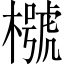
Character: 𣜵